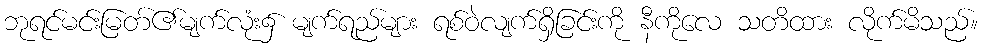
ဘုရင်မင်းမြတ်၏မျက်လုံး၌ မျက်ရည်များ ရစ်ဝဲလျက်ရှိခြင်းကို နီကိုလေ သတိထား လိုက်မိသည်။